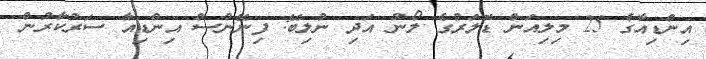
އިންޑިއާގެ 25 މިލިއަން ޑޮލަރުގެ ލޯނު އަދި ނުލިބޭ: ފިނޭންސް އިންޑިއާ ސަރުކާރުން